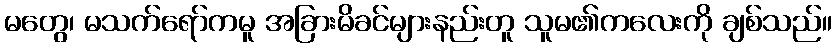
မတွေ၊ မသက်ရော်ကမူ အခြားမိခင်များနည်းတူ သူမ၏ကလေးကို ချစ်သည်။